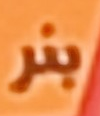
بنر